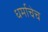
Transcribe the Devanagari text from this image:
धर्माचेच